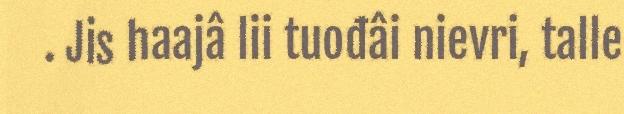
. Jis haajâ lii tuođâi nievri, talle